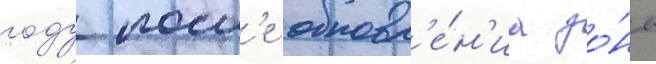
году посл'е обновл'е́н'иа зо́ны